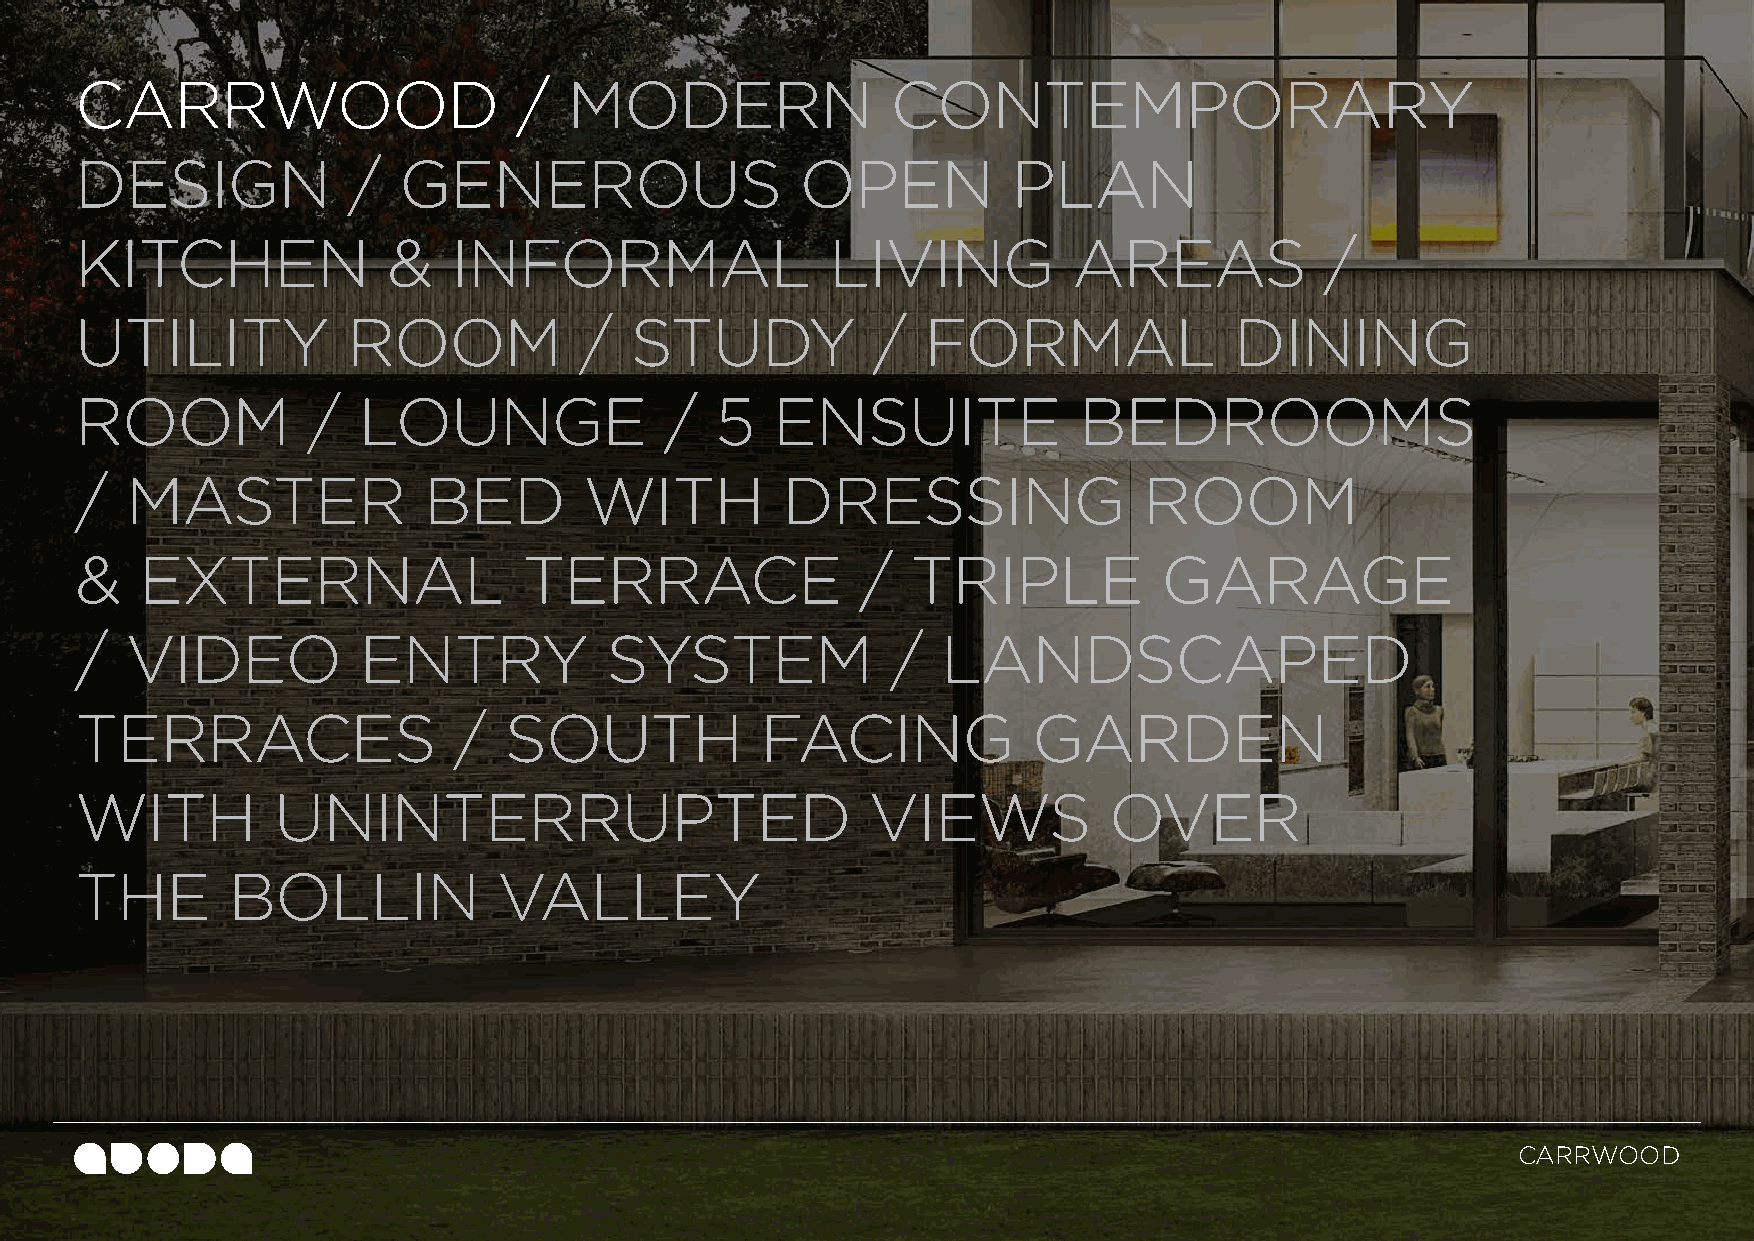
CARRWOOD                     /   MODERN               CONTEMPORARY
 DESIGN            /  GENEROUS                   OPEN          PLAN
 KITCHEN              &   INFORMAL                 LIVING          AREAS            /
 UTILITY           ROOM           /   STUDY           /  FORMAL               DINING
 ROOM           /   LOUNGE              /  5   ENSUITE             BEDROOMS
 /  MASTER              BED        WITH         DRESSING                ROOM
 &   EXTERNAL                  TERRACE               /  TRIPLE           GARAGE
 /  VIDEO           ENTRY           SYSTEM             /  LANDSCAPED
 TERRACES                 /  SOUTH            FACING            GARDEN
 WITH         UNINTERRUPTED                           VIEWS          OVER
 THE       BOLLIN            VALLEY
 CARRWOOD